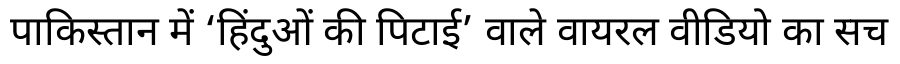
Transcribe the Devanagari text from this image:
पाकिस्तान में ‘हिंदुओं की पिटाई’ वाले वायरल वीडियो का सच